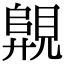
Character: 𧡦